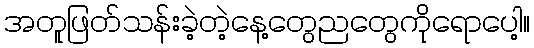
အတူဖြတ်သန်းခဲ့တဲ့နေ့တွေညတွေကိုရောပေါ့။